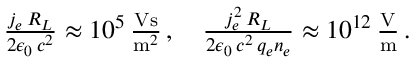
\begin{array} { r l r } & { } & { \frac { j _ { e } \, R _ { L } } { 2 \epsilon _ { 0 } \, c ^ { 2 } } \approx 1 0 ^ { 5 } \, \frac { \mathrm { V s } } { \mathrm { m } ^ { 2 } } \, , \quad \frac { j _ { e } ^ { 2 } \, R _ { L } } { 2 \epsilon _ { 0 } \, c ^ { 2 } \, q _ { e } n _ { e } } \approx 1 0 ^ { 1 2 } \, \frac { \mathrm { V } } { \mathrm { m } } \, . } \end{array}